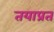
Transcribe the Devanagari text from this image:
तयाप्रत